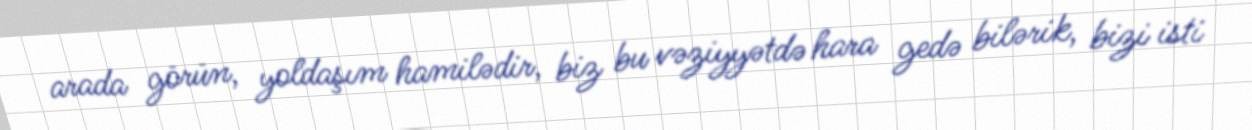
arada görün, yoldaşım hamilədir, biz bu vəziyyətdə hara gedə bilərik, bizi isti